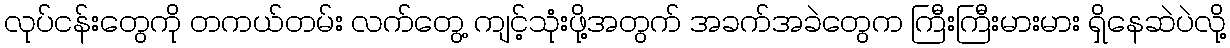
လုပ်ငန်းတွေကို တကယ်တမ်း လက်တွေ့ ကျင့်သုံးဖို့အတွက် အခက်အခဲတွေက ကြီးကြီးမားမား ရှိနေဆဲပဲလို့